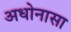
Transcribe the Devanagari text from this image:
अधोनासा